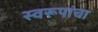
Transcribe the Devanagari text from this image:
स्वरूपांचा